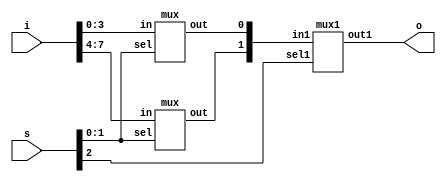
module mux_8_1(o,i,s);
input [7:0]i;
input [2:0]s;
output o;
wire k[1:0];
mux inst0(k[0],i[3:0],s[1:0]);
mux inst1(k[1],i[7:4],s[1:0]);
mux1 inst2(o,{k[1],k[0]},s[2]);
endmodule

////4:1 Mux

module mux(out,in,sel);
input [3:0] in;
input[1:0] sel;
output reg out;
always @(*)
begin
 case(sel)
  2'b00:out=in[0];
  2'b01:out=in[1];
  2'b10:out=in[2];
  2'b11:out=in[3];
  default: out=2'bx;
 endcase
end
endmodule

//// 2:1 Mux

module mux1(out1,in1,sel1);
input [1:0]in1;
input sel1;
output reg out1;
always @(*)
begin
case(sel1)
1'b0:out1=in1[0];
1'b1:out1=in1[1];
default:out1=1'bx;
endcase
end
endmodule